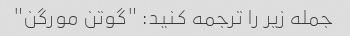
جمله زیر را ترجمه کنید: "گوتن مورگن"